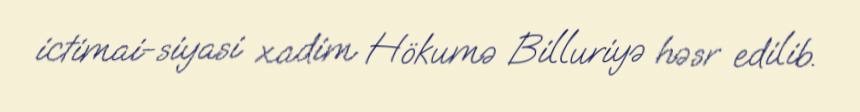
ictimai-siyasi xadim Hökumə Billuriyə həsr edilib.